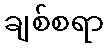
ချစ်စရာ